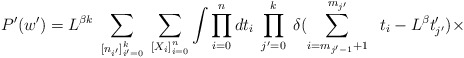
\begin{align*}P'(w')=L^{\beta k}\;\sum_{\left[ n_{i'}\right]^{k}_{i'=0}}\;\sum_{\left[ X_{i}\right]^{n}_{i=0}}\int \prod^{n}_{i=0}dt_{i}\;\prod^{k}_{j'=0}\;\delta (\sum^{m_{j'}}_{{i}=m_{j'-1}+1}\;\;t_{i}-L^{\beta }t'_{j'})\times\end{align*}